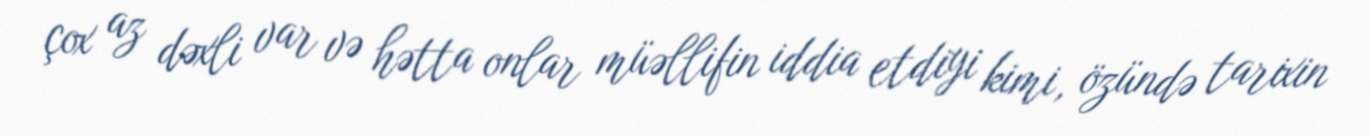
çox az dəxli var və hətta onlar müəllifin iddia etdiyi kimi, özündə tarixin